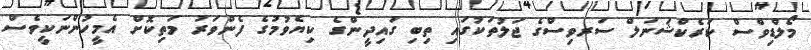
މޯލްޑިވްސް ކަރެކްޝަނަލް ސަރވިސްގެ ޖަލުތަކުގައި ތިބި ގައިދީންގެ ކިޔެވުމުގެ ފެންވަރު މަތިކޮށް އެމީހުންނަކީވެސް